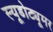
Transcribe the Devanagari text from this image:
स्यूडोट्यूमर